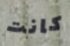
كانت